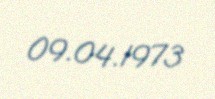
09.04.1973